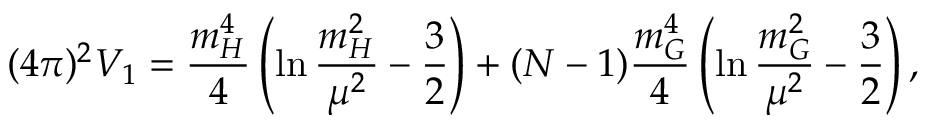
( 4 \pi ) ^ { 2 } V _ { 1 } = \frac { m _ { H } ^ { 4 } } { 4 } \left( \ln \frac { m _ { H } ^ { 2 } } { \mu ^ { 2 } } - \frac { 3 } { 2 } \right) + ( N - 1 ) \frac { m _ { G } ^ { 4 } } { 4 } \left( \ln \frac { m _ { G } ^ { 2 } } { \mu ^ { 2 } } - \frac { 3 } { 2 } \right) ,